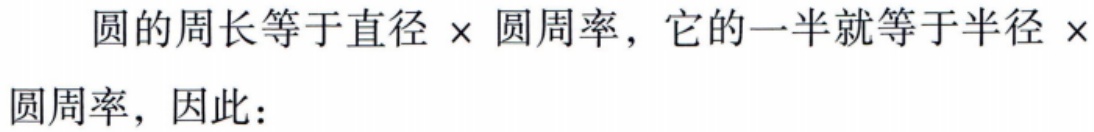
圆的周长等于直径 $\times$ 圆周率，它的一半就等于半径 $\times$ 圆周率，因此：